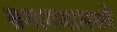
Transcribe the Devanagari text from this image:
समागमामध्ये